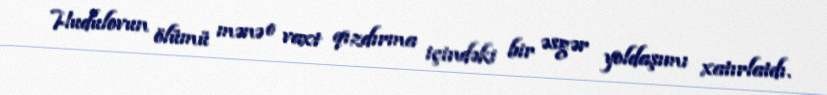
Hudulovun ölümü mənə o vaxt qızdırma içindəki bir əsgər yoldaşımı xatırlatdı.